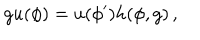
g u ( \phi ) = u ( \phi ^ { \prime } ) h ( \phi , g ) \, ,